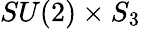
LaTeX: SU(2)\times S_{3}